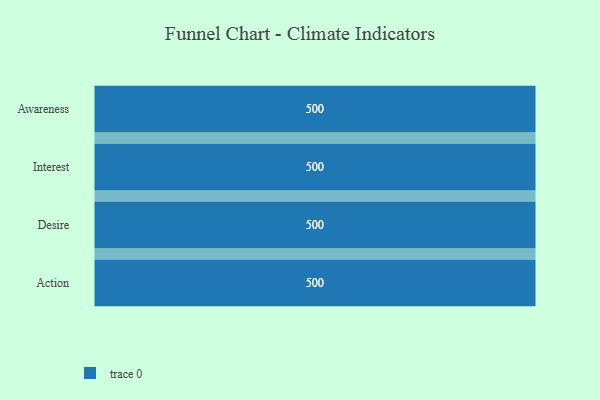
{"axis": {"x": "Stage", "y": "Value"}, "legend": [""], "data": [{"x": "Awareness", "y": 500, "type": ""}, {"x": "Interest", "y": 500, "type": ""}, {"x": "Desire", "y": 500, "type": ""}, {"x": "Action", "y": 500, "type": ""}]}